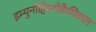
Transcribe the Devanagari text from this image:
इम्युनोहिस्टोकैमिकल